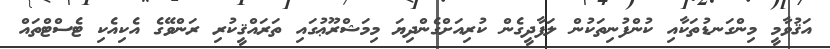
އަޤުވާމީ މިންގަނޑުތަކާއި ކުންފުނިތަކުން ލަފާދީގެން ކުރިއަށްގެންދިޔަ މިމަޝްރޫޢުގައި ތަރައްޤީކުރި ރަންވޭގެ އެކިއެކި ޓެސްޓްތައް